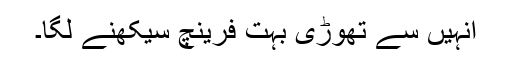
انہیں سے تھوڑی بہت فرینچ سیکھنے لگا۔